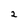
Character: 2